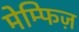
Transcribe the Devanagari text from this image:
मेम्फिज़